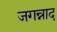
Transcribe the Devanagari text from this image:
जगन्नाद